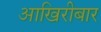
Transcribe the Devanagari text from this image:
आखिरीबार